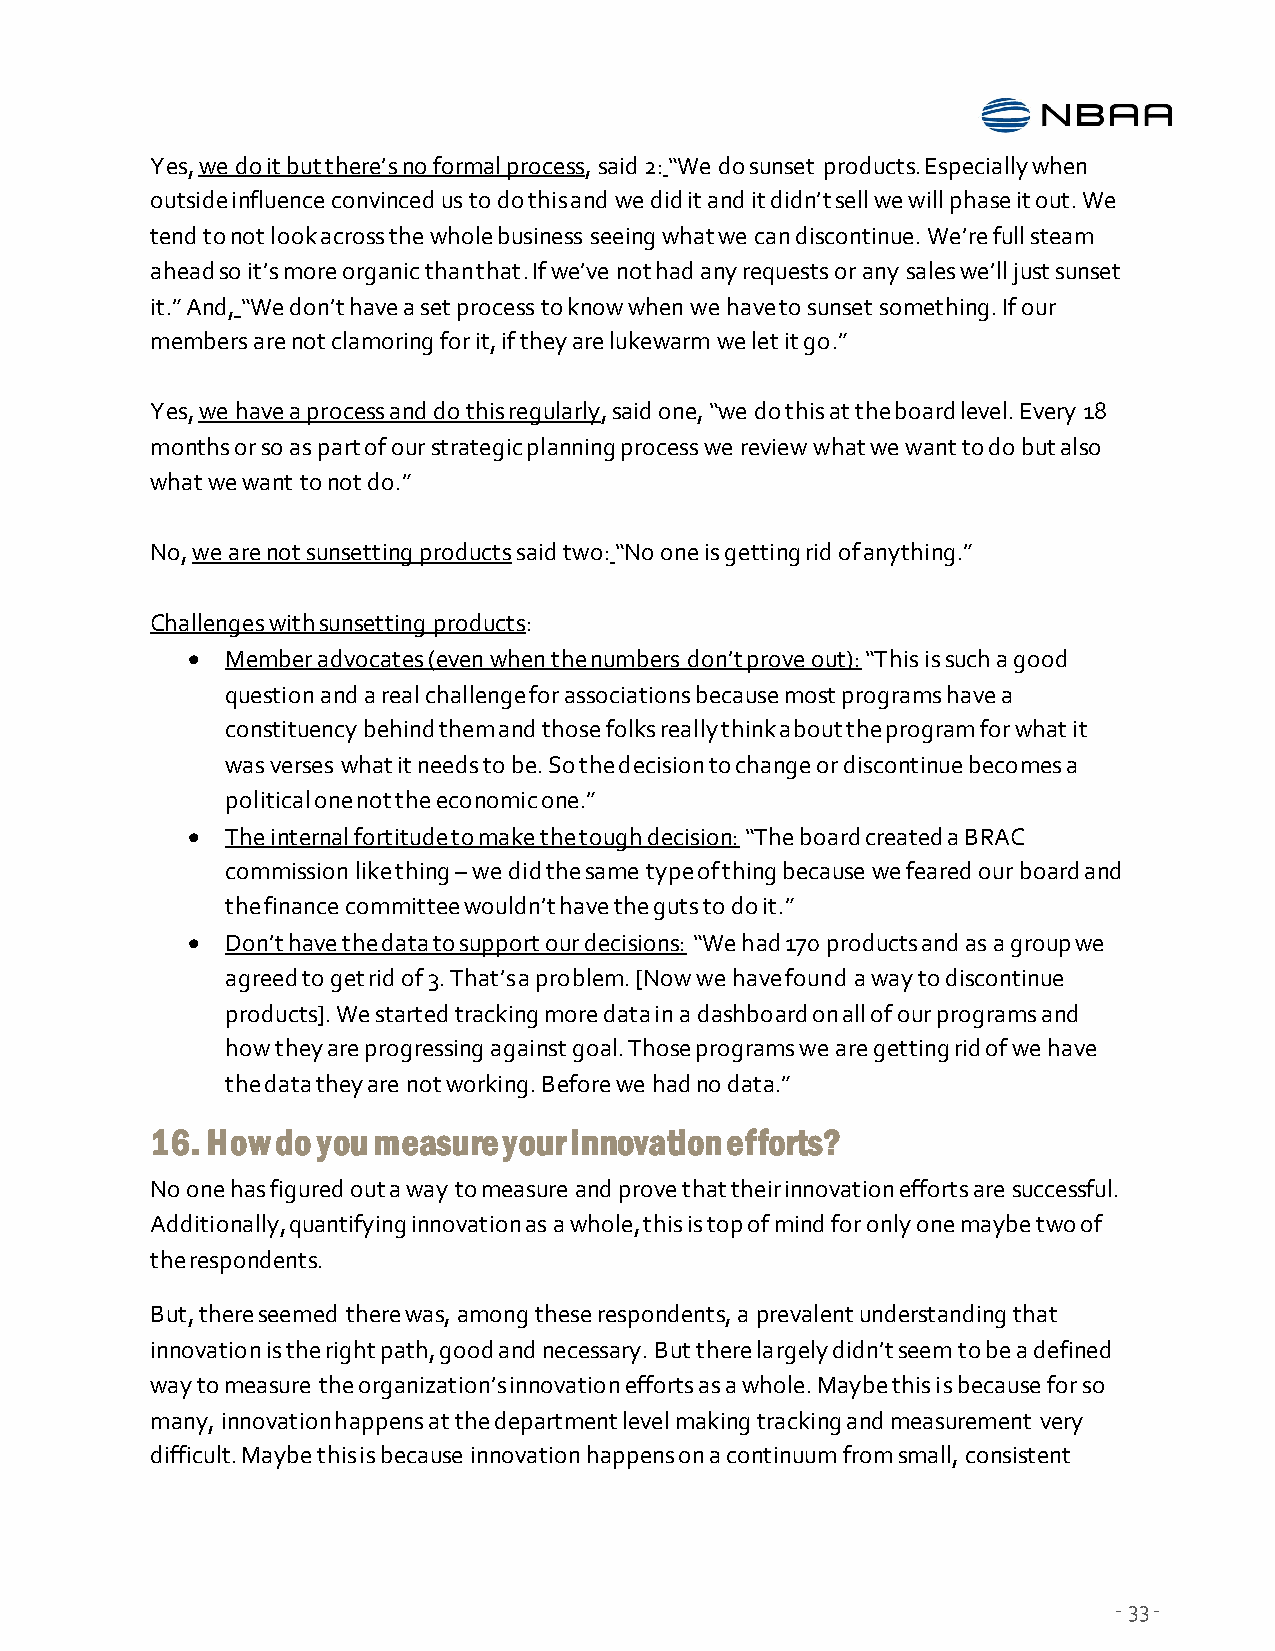
Yes, we do it but there’s no formal process, said 2: “We do sunset products. Especially when
 outside influence convinced us to do this and we did it and it didn’t sell we will phase it out. We
 tend to not look across the whole business seeing what we can discontinue. We’re full steam
 ahead so it’s more organic than that. If we’ve not had any requests or any sales we’ll just sunset
 it.” And, “We don’t have a set process to know when we have to sunset something. If our
 members are not clamoring for it, if they are lukewarm we let it go.”
 Yes, we have a process and do this regularly, said one, “we do this at the board level. Every 18
 months or so as part of our strategic planning process we review what we want to do but also
 what we want to not do.”
 No, we are not sunsetting products said two: “No one is getting rid of anything.”
 Challenges with sunsetting products:
   Member advocates (even when the numbers don’t prove out): “This is such a good
 question and a real challenge for associations because most programs have a
 constituency behind them and those folks really think about the program for what it
 was verses what it needs to be. So the decision to change or discontinue becomes a
 political one not the economic one.”
   The internal fortitude to make the tough decision: “The board created a BRAC
 commission like thing – we did the same type of thing because we feared our board and
 the finance committee wouldn’t have the guts to do it.”
   Don’t have the data to support our decisions: “We had 170 products and as a group we
 agreed to get rid of 3. That’s a problem. [Now we have found a way to discontinue
 products]. We started tracking more data in a dashboard on all of our programs and
 how they are progressing against goal. Those programs we are getting rid of we have
 the data they are not working. Before we had no data.”
 16. How do you measure your innovation efforts?
 No one has figured out a way to measure and prove that their innovation efforts are successful.
 Additionally, quantifying innovation as a whole, this is top of mind for only one maybe two of
 the respondents.
 But, there seemed there was, among these respondents, a prevalent understanding that
 innovation is the right path, good and necessary. But there largely didn’t seem to be a defined
 way to measure the organization’s innovation efforts as a whole. Maybe this is because for so
 many, innovation happens at the department level making tracking and measurement very
 difficult. Maybe this is because innovation happens on a continuum from small, consistent
 - 33 -